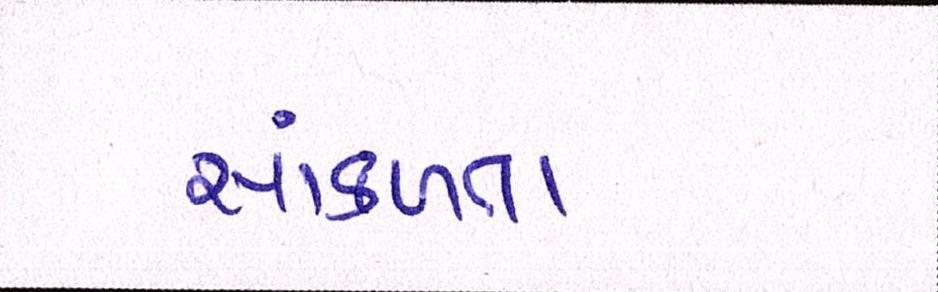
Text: સાંકળતા